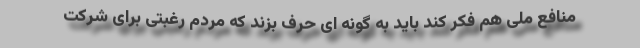
منافع ملی هم فکر کند باید به گونه ای حرف بزند که مردم رغبتی برای شرکت